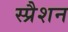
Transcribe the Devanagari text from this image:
स्प्रैशन